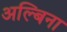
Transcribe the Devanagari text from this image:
अल्बिना